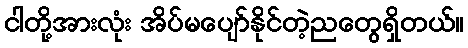
ငါတို့အားလုံး အိပ်မပျော်နိုင်တဲ့ညတွေရှိတယ်။